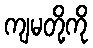
ကျမတို့ကို